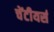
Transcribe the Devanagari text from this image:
चेंटीयर्स